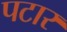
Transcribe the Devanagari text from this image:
पटार